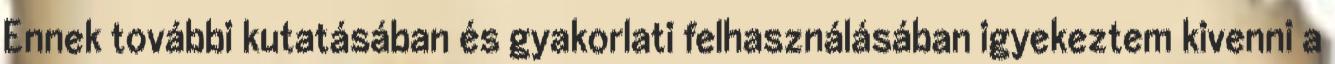
Ennek további kutatásában és gyakorlati felhasználásában igyekeztem kivenni a